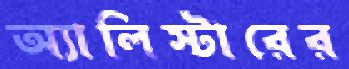
অ্যালিস্টারের